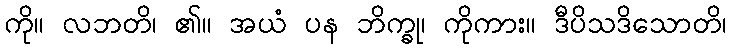
ကို။ လဘတိ၊ ၏။ အယံ ပန ဘိက္ခု၊ ကိုကား။ ဒီပိသဒိသောတိ၊